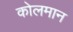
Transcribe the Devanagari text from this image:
कोलमान